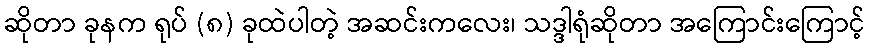
ဆိုတာ ခုနက ရုပ် (၈) ခုထဲပါတဲ့ အဆင်းကလေး၊ သဒ္ဒါရုံဆိုတာ အကြောင်းကြောင့်